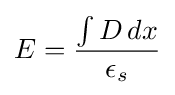
E={\frac {\int D\,dx}{\epsilon _{s}}}